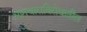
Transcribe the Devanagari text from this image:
भ्रष्टाचाराविरोधातील